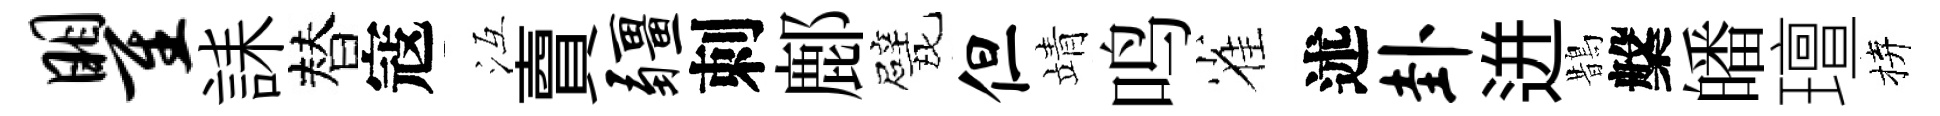
瞿誄替寇冱𧶠疆刺鄜戏但靖鸣雀述卦迸鵲槃皤璮拚